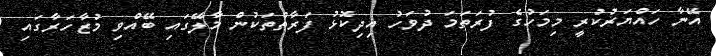
އޭނާ ހައްޔަރުކުރީ މިމަހުގެ ފުރަތަމަ ދުވަހު އިދިކޮޅު ފަރާތްތަކުން މާލޭގައި ބޭއްވި މުޒާހަރާގައި